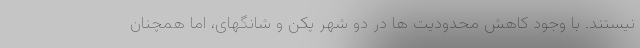
نیستند. با وجود کاهش محدودیت ها در دو شهر پکن و شانگهای، اما همچنان